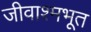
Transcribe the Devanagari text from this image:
जीवाश्मभूत